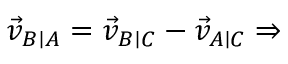
{ \vec { v } } _ { B \mid A } = { \vec { v } } _ { B \mid C } - { \vec { v } } _ { A \mid C } \Rightarrow